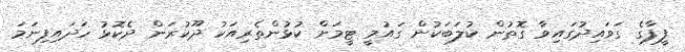
ފީފާގެ ގަވައިދުގައިވާ ގޮތުން ކުލަބަކުން ގައުމީ ޓީމަށް ކުޅުންތެރިއަކު ދޫކުރަން ދެކޮޅު ހަދައިފިނަމަ